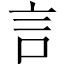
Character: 言